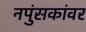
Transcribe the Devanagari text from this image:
नपुंसकांवर